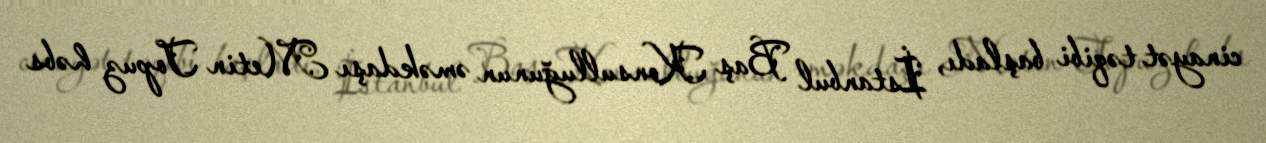
cinayət təqibi başladı, İstanbul Baş Konsulluğunun əməkdaşı Metin Topuz həbs